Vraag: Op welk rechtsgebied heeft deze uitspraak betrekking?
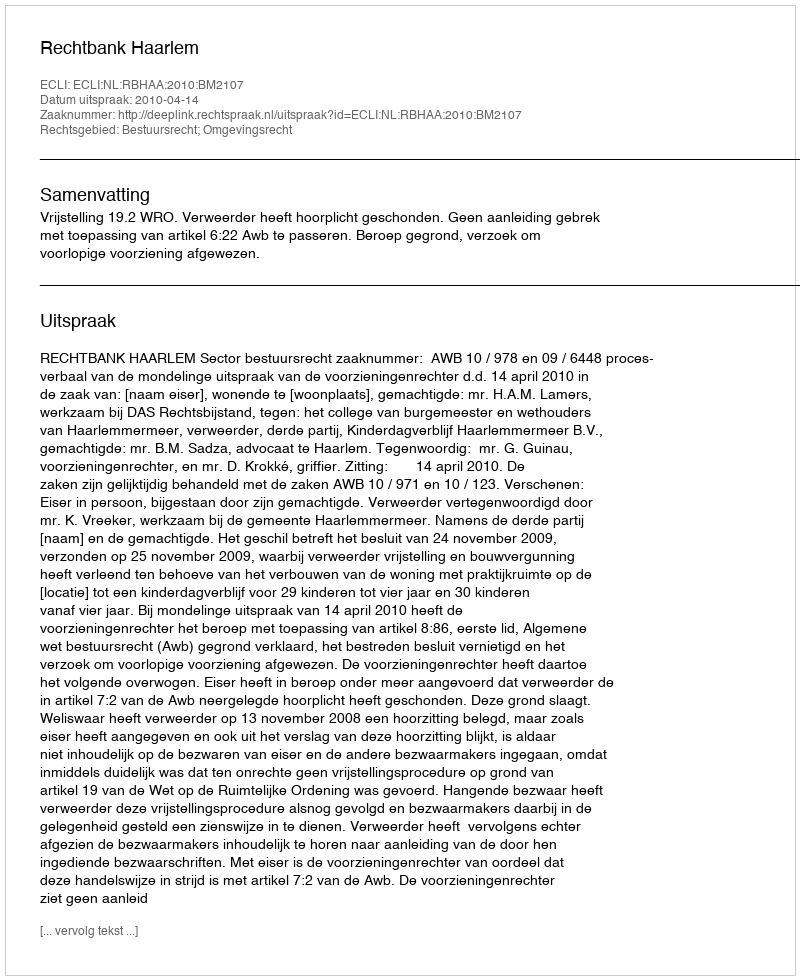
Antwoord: Bestuursrecht; Omgevingsrecht